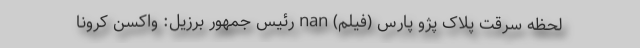
لحظه سرقت پلاک پژو پارس (فیلم) nan رئیس جمهور برزیل: واکسن کرونا